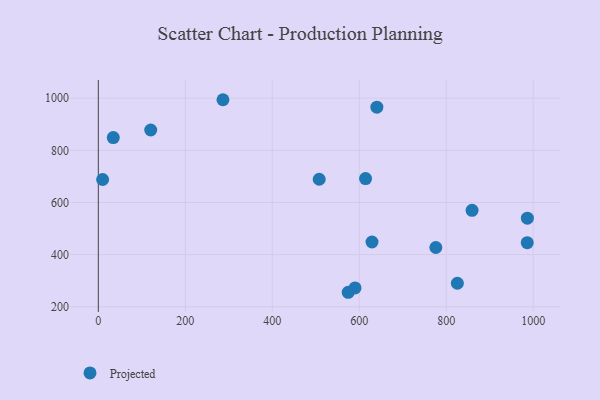
{"axis": {"x": "Engine Size", "y": "Rating"}, "legend": ["Projected"], "data": [{"x": "120.5", "y": 878.0, "type": "Projected"}, {"x": "859.4", "y": 569.9, "type": "Projected"}, {"x": "9.9", "y": 688.2, "type": "Projected"}, {"x": "286.6", "y": 994.0, "type": "Projected"}, {"x": "825.6", "y": 290.3, "type": "Projected"}, {"x": "614.5", "y": 691.7, "type": "Projected"}, {"x": "629.3", "y": 448.5, "type": "Projected"}, {"x": "507.9", "y": 689.1, "type": "Projected"}, {"x": "34.4", "y": 848.8, "type": "Projected"}, {"x": "986.6", "y": 539.8, "type": "Projected"}, {"x": "986.3", "y": 445.9, "type": "Projected"}, {"x": "590.3", "y": 272.3, "type": "Projected"}, {"x": "776.1", "y": 427.4, "type": "Projected"}, {"x": "574.6", "y": 255.7, "type": "Projected"}, {"x": "640.5", "y": 965.3, "type": "Projected"}]}